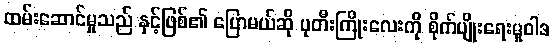
ထမ်းဆောင်မှုသည် နှင့်ဖြစ်၏ ပြောမယ်ဆို ပုတီးကြိုးလေးကို စိုက်ပျိုးရေးမူဝါဒ